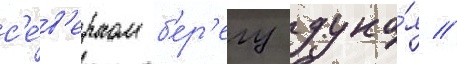
с'е́в'ерном б'ер'егу дуна́я //